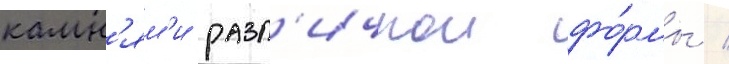
камн'ям'и разл'ичнои фо́рмы /